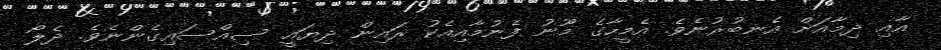
އާއި ދިމާއަށް އެނބުރުނެވެ. އެމީހާގެ މޫނު ފެނުމާއިއެކު ރައިން ދިޔައީ ސިއްސައިގެންނެވެ. ދެލޯ